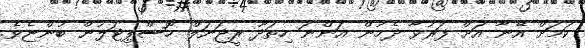
ކަމަށް އޭނާ އަށް ފަރުވާ ދެމުން އަންނަ ހިތަދޫ ރީޖަނަލް ހޮސްޕިޓަލުން ބުންޏެވެ.